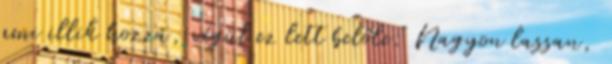
ami illik hozzá, végül ez lett belőle: Nagyon lassan,